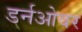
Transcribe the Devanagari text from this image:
डर्नओवर